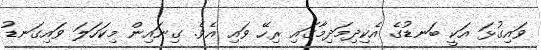
ވައިގުޅަ އަކީ ބަނޑުގެ އެކިދިމަދިމާގައި ރިހޭ ވައި އެވެ. ގިނައިން މިކަހަލަ ވައިގަނޑު